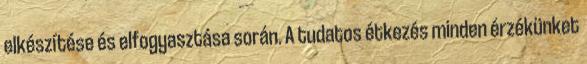
elkészítése és elfogyasztása során. A tudatos étkezés minden érzékünket